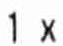
1 X